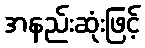
အနည်းဆုံးဖြင့်